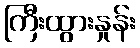
ကြီးထွားနှုန်း